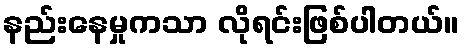
နည်းနေမှုကသာ လိုရင်းဖြစ်ပါတယ်။